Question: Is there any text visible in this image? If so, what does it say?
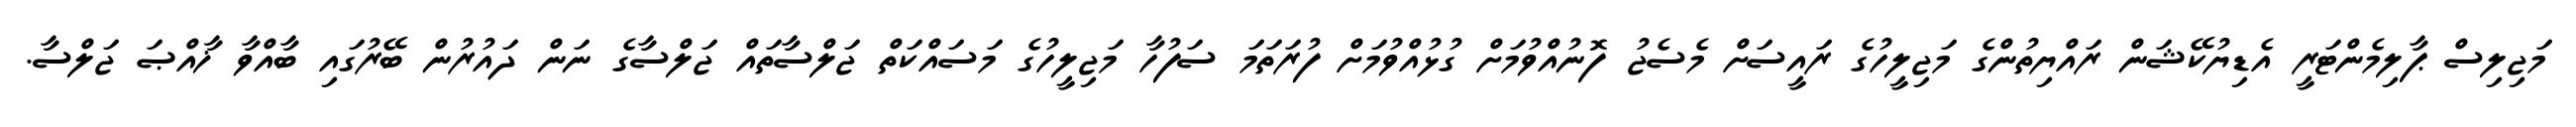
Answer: މަޖިލިސް ޕާލިމެންޓަރީ އެޑިޔުކޭޝަން ރައްޔިތުންގެ މަޖިލީހުގެ ރައީސަށް މެސެޖު ފޮނުއްވުމަށް ގުޅުއްވުމަށް ފުރަތަމަ ސަފުހާ މަޖިލީހުގެ މަސައްކަތް ޖަލްސާތައް ޖަލްސާގެ ނަން ދައުރުން ބޭރުގައި ބާއްވާ ޚާއްޞަ ޖަލްސާ.